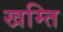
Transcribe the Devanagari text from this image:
खम्ति